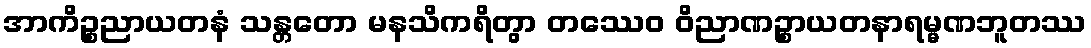
အာကိဉ္စညာယတနံ သန္တတော မနသိကရိတွာ တဿေဝ ဝိညာဏဉ္စာယတနာရမ္မဏဘူတဿ